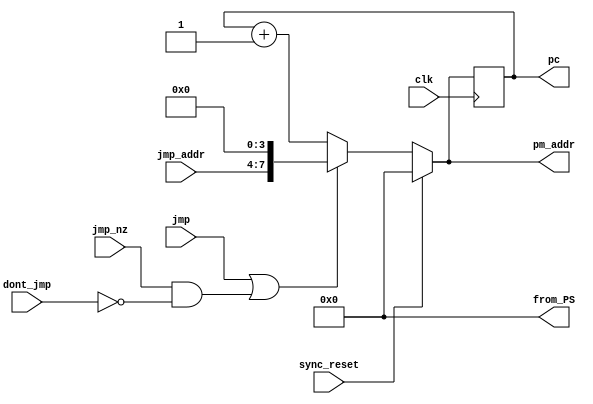
module program_sequencer(
	input clk, 
	input sync_reset,
	input [3:0] jmp_addr,
	input jmp,
	input jmp_nz,
	input dont_jmp,
	output reg [7:0] pm_addr,
	output wire [7:0] from_PS,
	output reg [7:0] pc
);
	
assign from_PS = 8'H00;
//assign from_PS = pc;

	
	
always @ (*)
	if (sync_reset == 1'b1)
		pm_addr = 8'H00;
	else if ((jmp == 1'b1) || ((jmp_nz == 1'b1) && (dont_jmp == 1'b0)))
		pm_addr = {jmp_addr, 4'H0};
	else
		pm_addr = pc + 8'H01;
		
		
always @ (posedge clk)
	pc <= pm_addr; 



endmodule